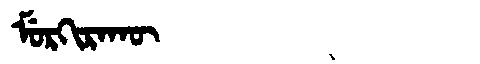
Manchu: ᠮᡠᡵᡴᡳᡵᠠᡴᡡ
Romanization: MURKIRAKŪ